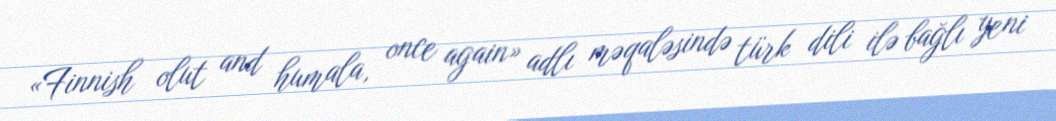
«Finnish olut and humala, once again» adlı məqaləsində türk dili ilə bağlı yeni